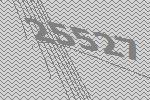
25527